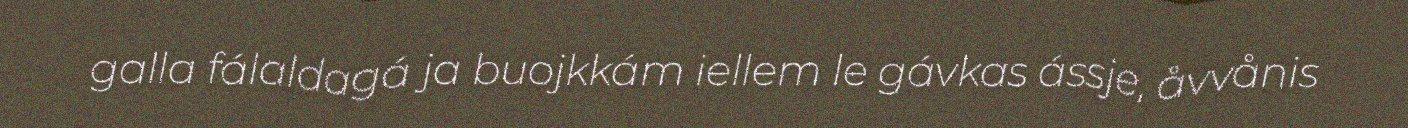
galla fálaldagá ja buojkkám iellem le gávkas ássje, åvvånis